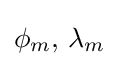
\phi _{m},\,\lambda _{m}